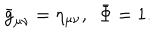
LaTeX: { \bar { g } } _ { \mu \nu } = \eta _ { \mu \nu } , ~ ~ { \bar { \Phi } } = 1 .